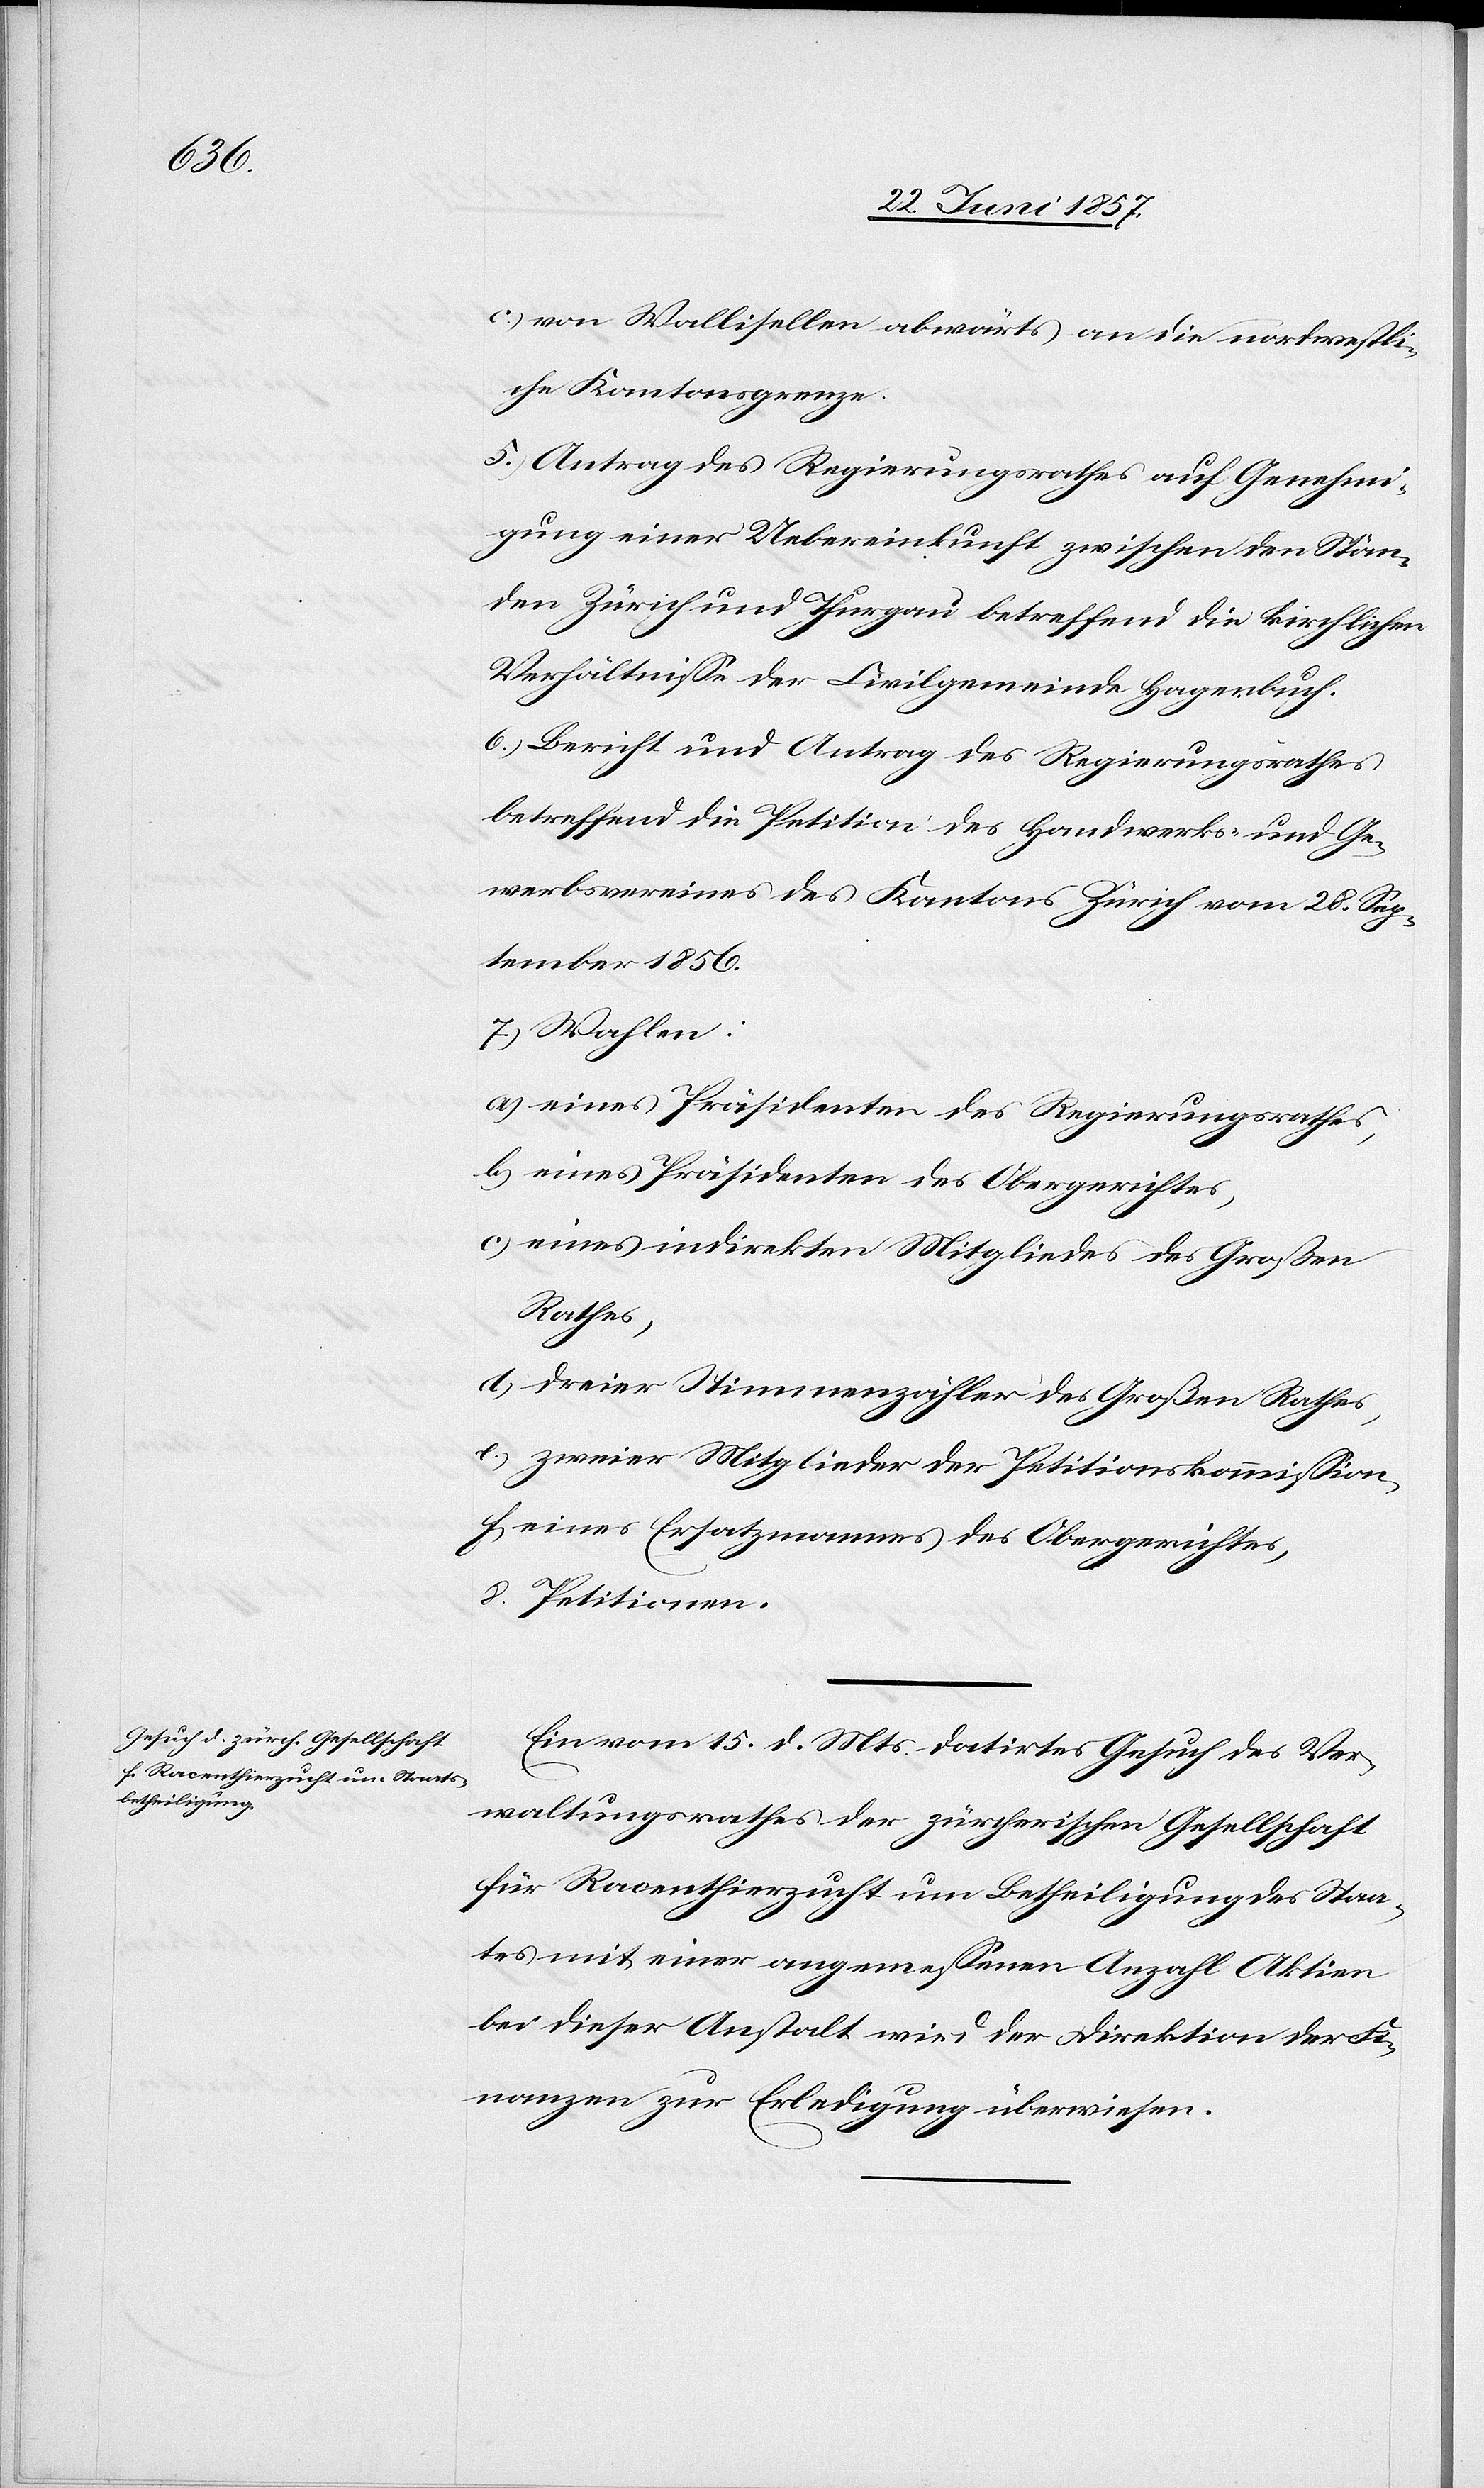
c.) von Wallisellen abwärts an die nordwestli¬
che Kantonsgrenze.
5.) Antrag des Regierungsrathes auf Genehmi¬
gung einer Uebereinkunft zwischen den Stän¬
den Zürich und Thurgau betreffend die kirchlichen
Verhältnisse der Civilgemeinde Hagenbuch.
6.) Bericht und Antrag des Regierungsrathes
betreffend die Petition des Handwerks- und Ge¬
werbsvereines des Kantons Zürich vom 28 Sep¬
tember 1856.
7.) Wahlen:
a) eines Präsidenten des Regierungsrathes,
b) eines Präsidenten des Obergerichtes,
c) eines indirekten Mitgliedes des Großen
Rathes,
d) dreier Stimmenzähler des Großen Rathes,
e) zweier Mitglieder der Petitionskommission,
f) eines Ersatzmannes des Obergerichtes,
8. Petitionen.
Ein vom 15 d. Mts. datirtes Gesuch des Ver¬
waltungsrathes der zürcherischen Gesellschaft
für Racenthierzucht um Betheiligung des Staa¬
tes mit einer angemessenen Anzahl Aktien
bei dieser Anstalt wird der Direktion der Fi¬
nanzen zur Erledigung überwiesen.